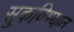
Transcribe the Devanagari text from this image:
सुकविण्यात